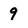
Character: 9